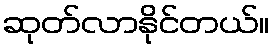
ဆုတ်လာနိုင်တယ်။